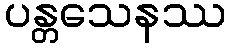
ပန္တသေနဿ